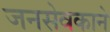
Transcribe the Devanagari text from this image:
जनसेवकाने